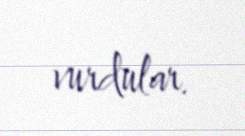
vurdular.